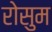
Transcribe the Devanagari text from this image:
रोसुम